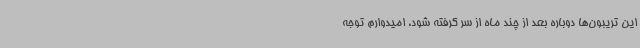
این تریبون‌ها دوباره بعد از چند ماه از سر گرفته شود، امیدوارم توجه